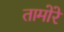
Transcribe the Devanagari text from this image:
तामोरे